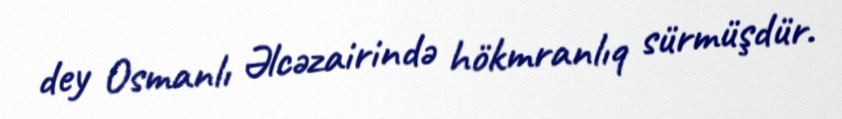
dey Osmanlı Əlcəzairində hökmranlıq sürmüşdür.